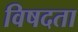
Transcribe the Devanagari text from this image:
विषदता